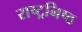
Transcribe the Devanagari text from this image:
राष्ट्रनिष्ठ